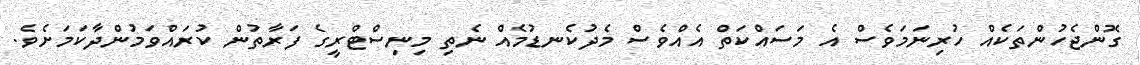
ގޮންޖެހުންތަކެއް ހުރިނަމަވެސް އެ މަސައްކަތް އެއްވެސް މެދުކެނޑުމެއް ނެތި މިނިސްޓްރީގެ ފަރާތުން ކުރައްވަމުންދާކަމަށެވެ.